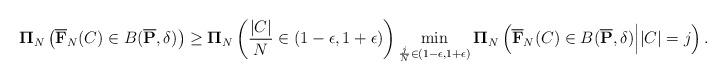
LaTeX: \begin{align*} \mathbf{\Pi}_{N} \left( \overline{\mathbf{F}}_{N}(C) \in B( \overline{\mathbf{P}}, \delta) \right) \geq \mathbf{\Pi}_{N} \left( \frac{|C|}{N} \in (1-\epsilon, 1+\epsilon) \right) \min_{\frac{j}{N} \in (1-\epsilon, 1+\epsilon)} \mathbf{\Pi}_{N} \left( \overline{\mathbf{F}}_{N}(C) \in B( \overline{\mathbf{P}}, \delta) \Big| |C| = j \right).\end{align*}